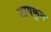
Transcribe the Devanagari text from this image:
टायकुन